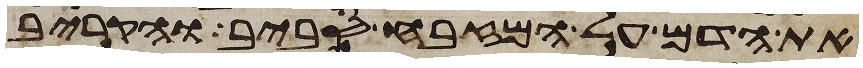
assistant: את הדם על המזבח סביב והקריב